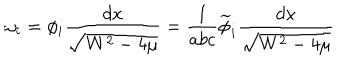
LaTeX: \omega _ { i } = \phi _ { i } \frac { d x } { \sqrt { W ^ { 2 } - 4 \mu } } = \frac { 1 } { a b c } \widetilde { \phi } _ { i } \frac { d x } { \sqrt { W ^ { 2 } - 4 \mu } }